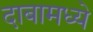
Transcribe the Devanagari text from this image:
दाबामध्ये